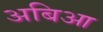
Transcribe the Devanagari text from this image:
अबिआ